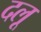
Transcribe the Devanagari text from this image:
दलू